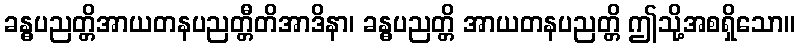
ခန္ဓပညတ္တိအာယတနပညတ္တီတိအာဒိနာ၊ ခန္ဓပညတ္တိ အာယတနပညတ္တိ ဤသို့အစရှိသော။